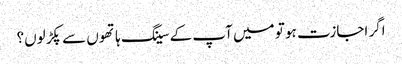
اگر اجازت ہو تو میں آپ کے سینگ ہاتھوں سے پکڑ لوں؟